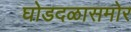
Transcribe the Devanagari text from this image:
घोडदळासमोर